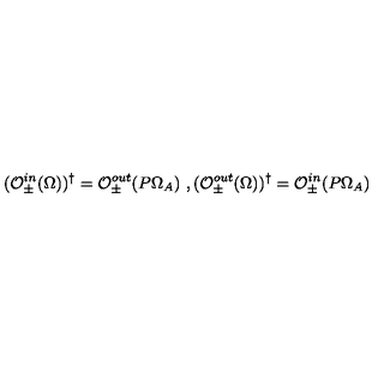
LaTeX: ( \mathcal { O } _ { \pm } ^ { i n } ( \Omega ) ) ^ { \dag } = \mathcal { O } _ { \pm } ^ { o u t } ( P \Omega _ { A } ) \ , ( \mathcal { O } _ { \pm } ^ { o u t } ( \Omega ) ) ^ { \dag } = \mathcal { O } _ { \pm } ^ { i n } ( P \Omega _ { A } )